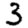
Digit: 3